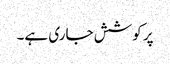
پر کوشش جاری ہے۔